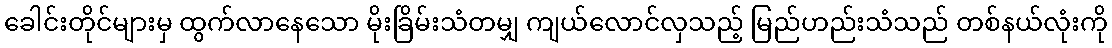
ခေါင်းတိုင်များမှ ထွက်လာနေသော မိုးခြိမ်းသံတမျှ ကျယ်လောင်လှသည့် မြည်ဟည်းသံသည် တစ်နယ်လုံးကို